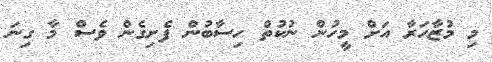
މި މުޒާހަރާ އަށް މީހުން ނުކުތް ހިސާބުން ފެށިގެން ވެސް މާ ގިނަ